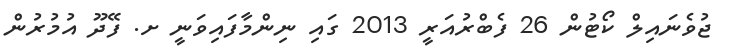
ޖުވެނައިލް ކޯޓުން 26 ފެބްރުއަރީ 2013 ގައި ނިންމާފައިވަނީ ށ. ފޭދޫ އުމުރުން